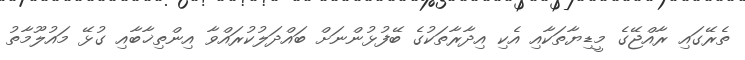
ތެރޭގައި ރާއްޖޭގެ މީޑިޔާތަކާއި އެކި އިދާރާތަކުގެ ބޭފުޅުންނަށް ބައްދަލުކުރައްވާ އިންތިޚާބާއި ގުޅޭ މައުލޫމާތު